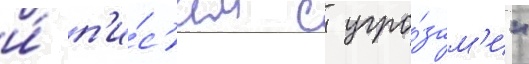
и́ п'и́с'ем с угро́зам'и"